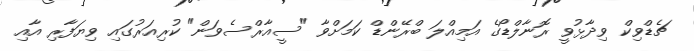
ޗެޑްވިކް ވިދާޅުވީ ރޮނާލްޑޯގެ އަމިއްލަ ބްރޭންޑް ކަމަށްވާ "ސީއާރްސެވަން" ކުރިއަރުގައި ވިޔަފާރި އާއި